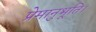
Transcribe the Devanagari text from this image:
प्रेमानुभूति।